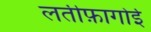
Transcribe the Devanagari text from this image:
लतीफ़ागोई